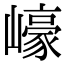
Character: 㠙